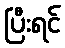
ပြီးရင်